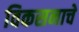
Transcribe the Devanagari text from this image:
विकसनाचे